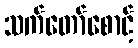
သက်တော်စောင့်